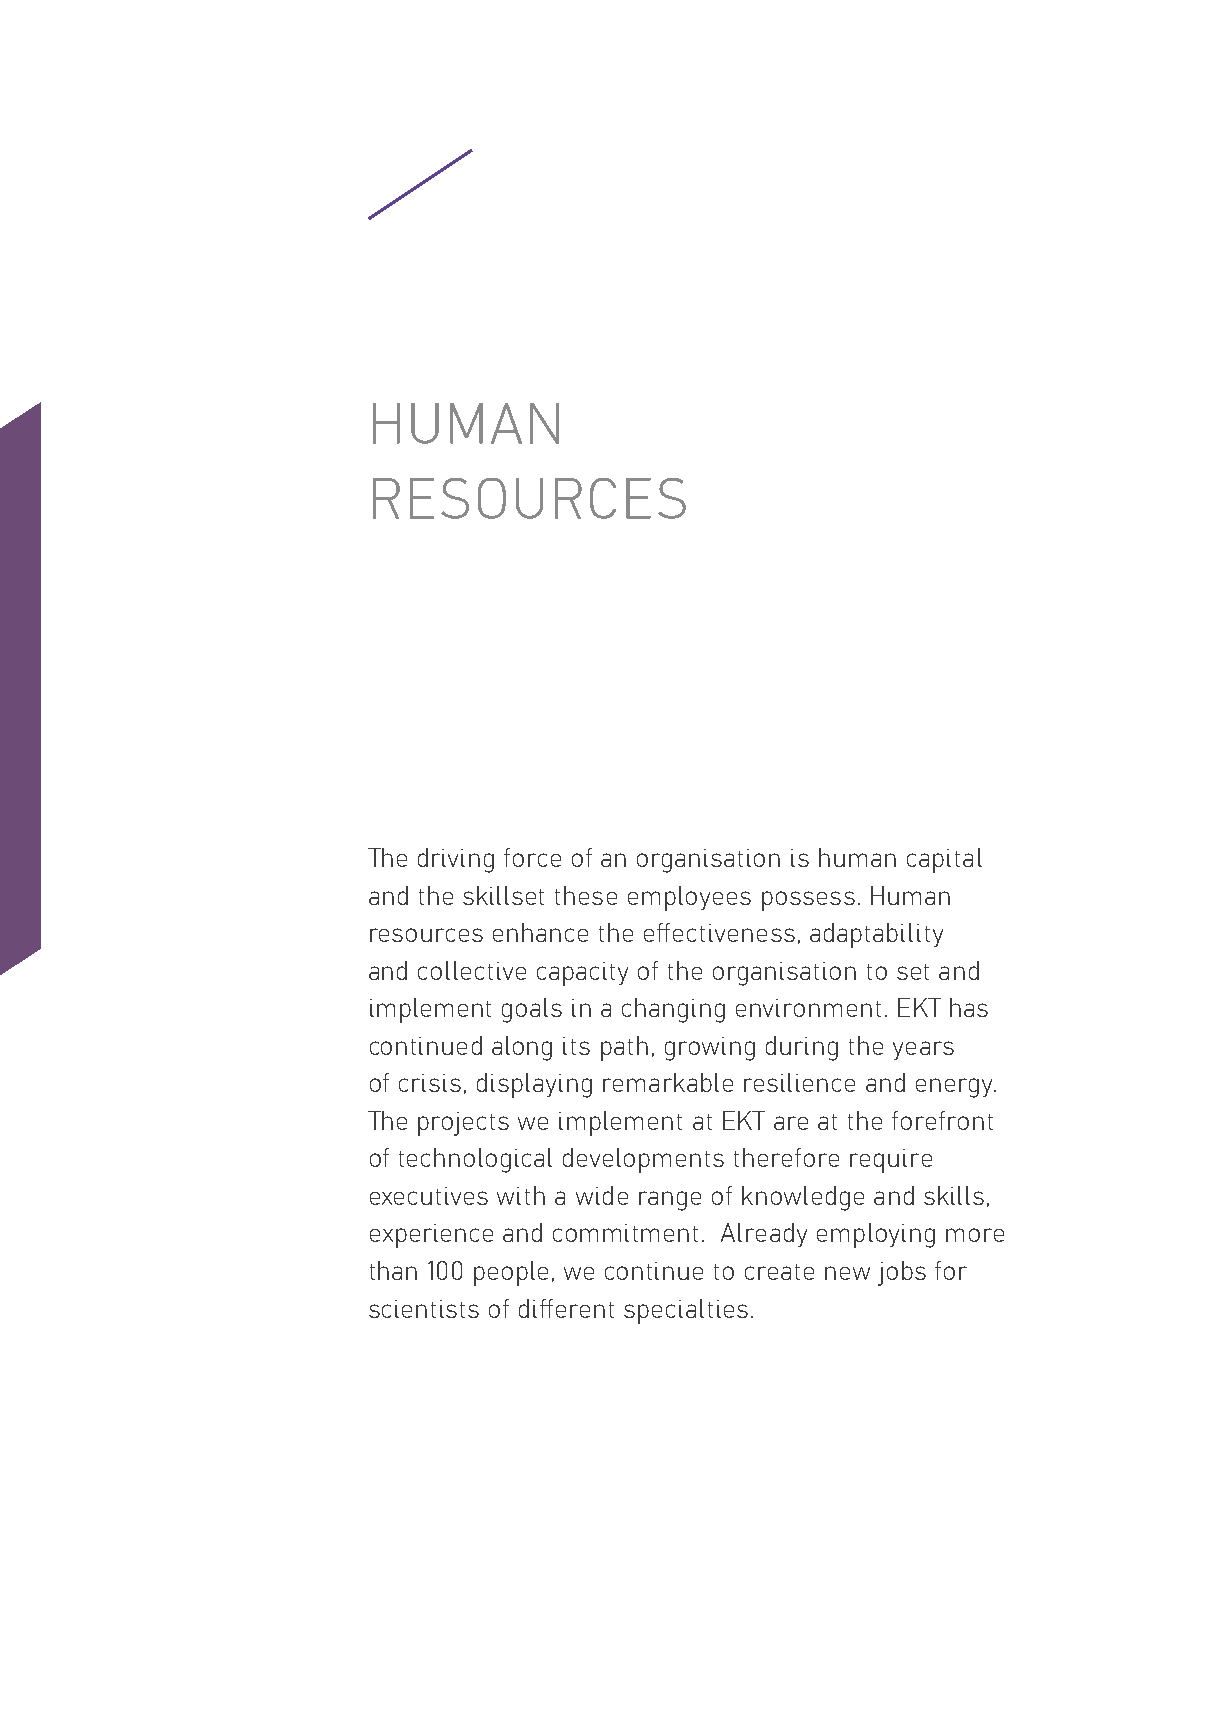
HUMAN
 RESOURCES
 The driving force of an organisation is human capital
 and the skillset these employees possess. Human
 resources enhance the effectiveness, adaptability
 and collective capacity of the organisation to set and
 implement goals in a changing environment. EKT has
 continued along its path, growing during the years
 of crisis, displaying remarkable resilience and energy.
 The projects we implement at EKT are at the forefront
 of technological developments therefore require
 executives with a wide range of knowledge and skills,
 experience and commitment. Already employing more
 than 100 people, we continue to create new jobs for
 scientists of different specialties.